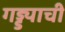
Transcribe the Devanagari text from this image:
गड्ड्याची